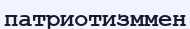
патриотизммен